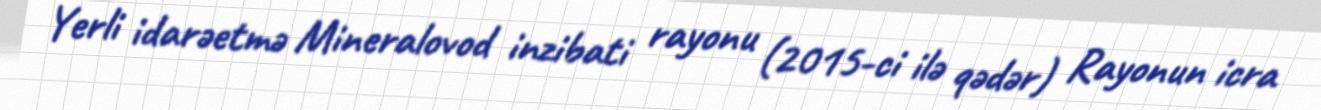
Yerli idarəetmə Mineralovod inzibati rayonu (2015-ci ilə qədər) Rayonun icra